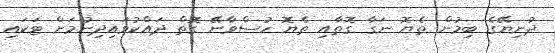
ދުނިޔޭގެ ބިމުން ތެޔޮ ނަގާ ގޮތާއި ތެޔޮ ހުސްވާނޭ ގޮތް ދައްކުވައިދިނުމަށް ޓަކައި